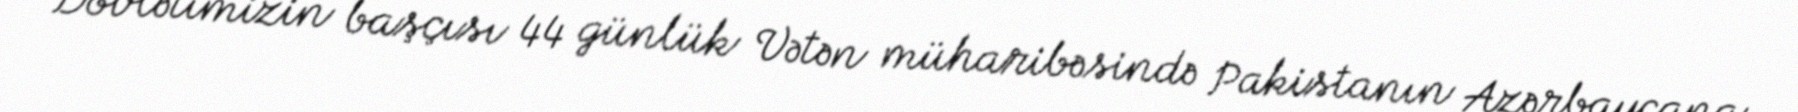
Dövlətimizin başçısı 44 günlük Vətən müharibəsində Pakistanın Azərbaycana